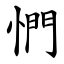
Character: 㥃